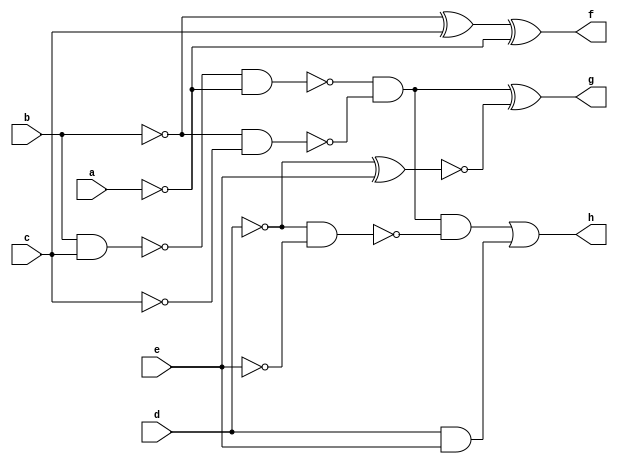
// Benchmark "CM82" written by ABC on Sat May  9 16:30:25 2020

module CM82 ( 
    a, b, c, d, e,
    f, g, h  );
  input  a, b, c, d, e;
  output f, g, h;
  wire old_n11_, old_n13_, old_n14_, old_n15_, old_n16_, old_n17_, old_n19_,
    old_n20_, old_n21_;
  assign f = old_n11_ ^ ~a;
  assign old_n11_ = ~b ^ c;
  assign g = old_n13_ ^ ~old_n17_;
  assign old_n13_ = ~old_n14_ & ~old_n16_;
  assign old_n14_ = ~old_n15_ & ~a;
  assign old_n15_ = b & c;
  assign old_n16_ = ~b & ~c;
  assign old_n17_ = ~d ^ e;
  assign h = old_n19_ | old_n21_;
  assign old_n19_ = old_n13_ & ~old_n20_;
  assign old_n20_ = ~d & ~e;
  assign old_n21_ = d & e;
endmodule